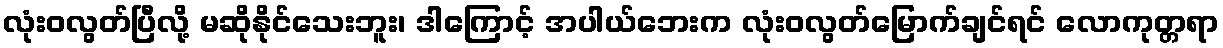
လုံးဝလွတ်ပြီလို့ မဆိုနိုင်သေးဘူး၊ ဒါကြောင့် အပါယ်ဘေးက လုံးဝလွတ်မြောက်ချင်ရင် လောကုတ္တရာ